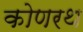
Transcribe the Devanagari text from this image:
कोणरथ